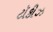
ટૉકીઝ